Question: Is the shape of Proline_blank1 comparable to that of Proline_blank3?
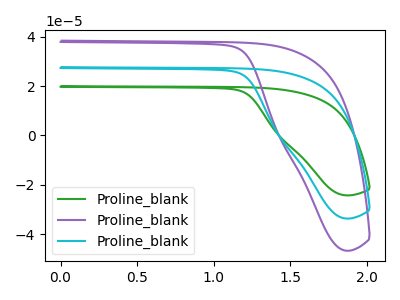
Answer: <think>The green curve "Proline_blank1" has no peaks. The purple curve "Proline_blank2" has no peaks. The cyan curve "Proline_blank3" has no peaks.
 Neither "Proline_blank1" or "Proline_blank3" have any peaks.</think>
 <answer>"Proline_blank1" and "Proline_blank3" are similar in shape.</answer>
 <eval>same_shape</eval>